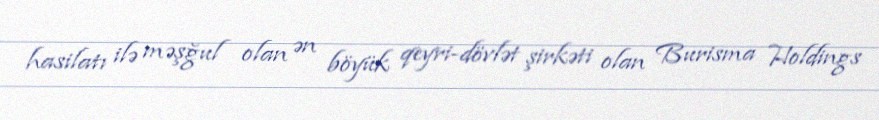
hasilatı ilə məşğul olan ən böyük qeyri-dövlət şirkəti olan Burisma Holdings